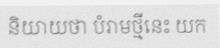
និយាយថា បំរាមថ្មីនេះ យក